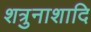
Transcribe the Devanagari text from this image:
शत्रुनाशादि